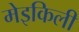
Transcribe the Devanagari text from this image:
मेइकिली